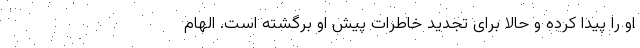
او را پیدا کرده و حالا برای تجدید خاطرات پیش او برگشته است. الهام